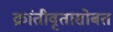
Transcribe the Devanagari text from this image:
क्रांतीवृतासोबत